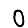
Digit: 0